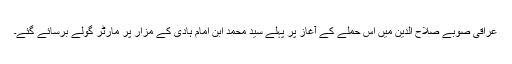
عراقی صوبے صلاح الدین میں اس حملے کے آغاز پر پہلے سید محمد ابن امام ہادی کے مزار پر مارٹر گولے برسائے گئے۔